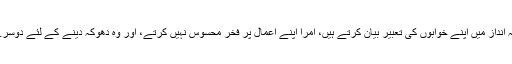
دوسرے نظریات کے برخلاف جو فخریہ انداز میں اپنے خوابوں کی تعبیر بیان کرتے ہیں، امرا اپنے اعمال پر فخر محسوس نہیں کرتے، اور وہ دھوکہ دینے کے لئے دوسرے نظریات کے پیچھے چھپ جاتے ہیں۔